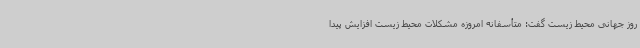
روز جهانی محیط زیست گفت: متأسفانه امروزه مشکلات محیط زیست افزایش پیدا